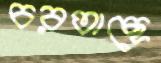
চরতাছে